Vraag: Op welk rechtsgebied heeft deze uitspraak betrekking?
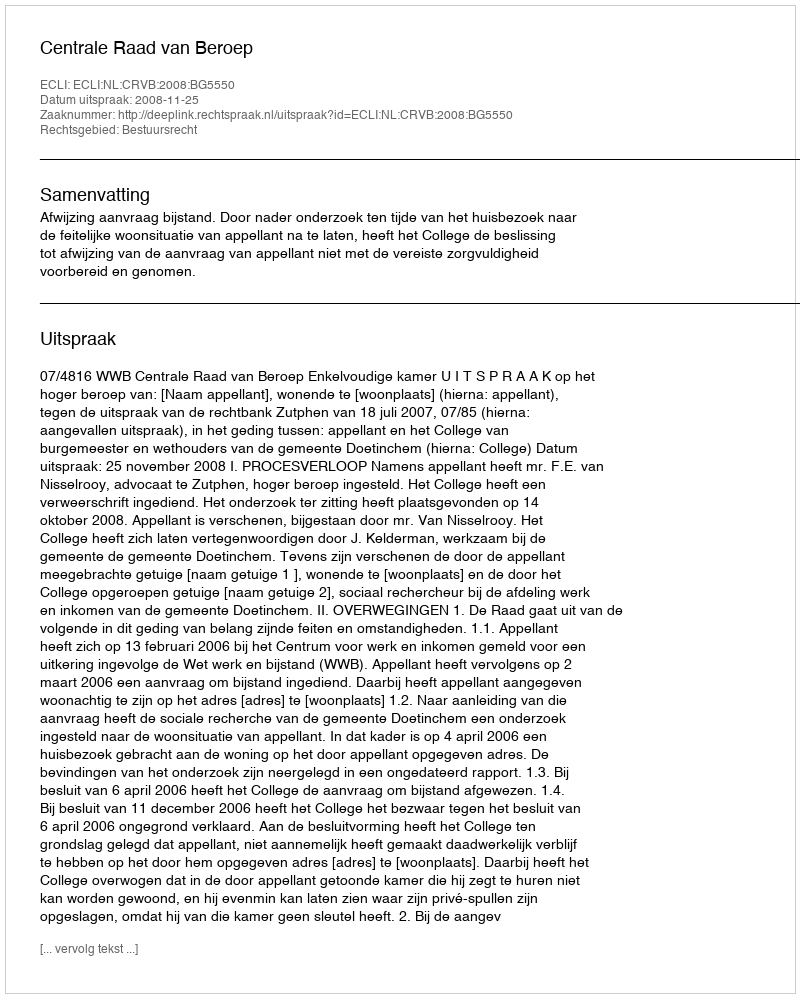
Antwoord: Bestuursrecht